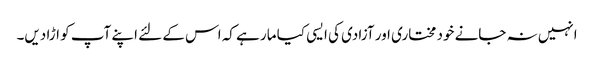
انہیں نہ جانے خود مختاری اور آزادی کی ایسی کیا مار ہے کہ اس کے لئے اپنے آپ کو اڑا دیں۔